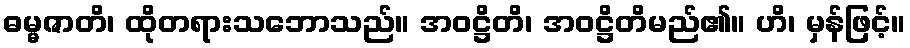
ဓမ္မဇာတိ၊ ထိုတရားသဘောသည်။ အဝဋ္ဌိတိ၊ အဝဋ္ဌိတိမည်၏။ ဟိ၊ မှန်ဖြင့်။